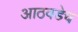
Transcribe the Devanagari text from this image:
आठवडेच